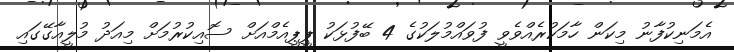
އެމަނިކުފާނު މިކަން ހާމަކުރެއްވެވީ ފުވައްމުލަކުގެ 4 ބޭފުޅަކު ޕީޕީއެމްއަށް ސޮއިކުރުމަށް މިއަދު މުލީއާގޭގައި